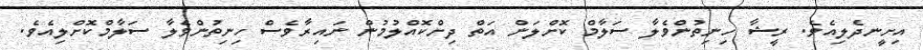
އިށީނދެލިއެވެ. ރީޝާ ހިނިތުންވެލާ ސަލާމް ކޮށްލަން އަތް ދިށްކޮއްލުމުން ނައިރާވެސް ހިނިތުންވެލާ ސަލާމްކޮށްލިއެވެ.